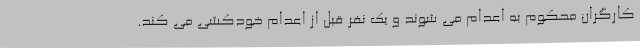
کارگران محکوم به اعدام می شوند و یک نفر قبل از اعدام خودکشی می کند.